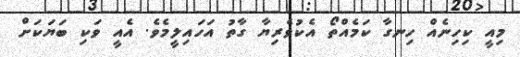
މިއީ ކިހިނެއް ހިނގާ ކަމެއްތޯ އެކުވެރިޔާ ގާތު އަހައިލީމެވެ. އެއީ ވަކި ބަޔަކަށް